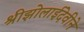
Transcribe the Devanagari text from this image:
श्रीझोलाईदेवीने